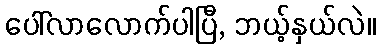
ပေါ်လာလောက်ပါပြီ, ဘယ့်နှယ်လဲ။